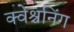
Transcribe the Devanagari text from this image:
क्वेश्चनिंग